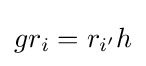
gr_{i}=r_{i'}h